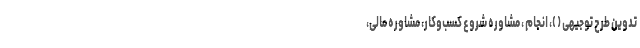
تدوین طرح توجیهی ( )، انجام ، مشاوره شروع کسب‌وکار، مشاوره مالی،